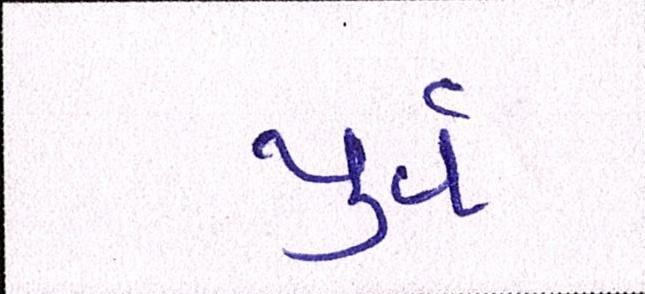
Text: પુર્વ